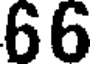
66